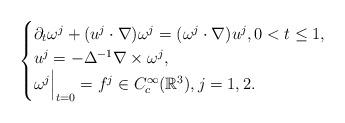
LaTeX: \begin{align*} \begin{cases} \partial_t \omega^j+ (u^j \cdot \nabla )\omega^j = (\omega^j \cdot \nabla) u^j, 0<t\le 1, \\ u^j =-\Delta^{-1} \nabla \times \omega^j, \\ \omega^j \Bigr|_{t=0}=f^j \in C_c^{\infty}(\mathbb R^3), j=1,2. \end{cases} \end{align*}